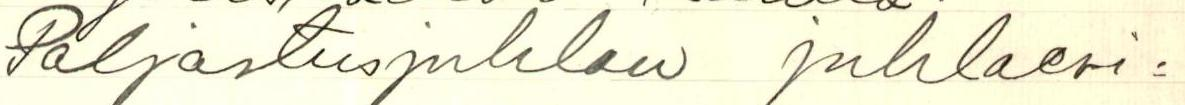
Paljastusjuhlan juhlaesi=